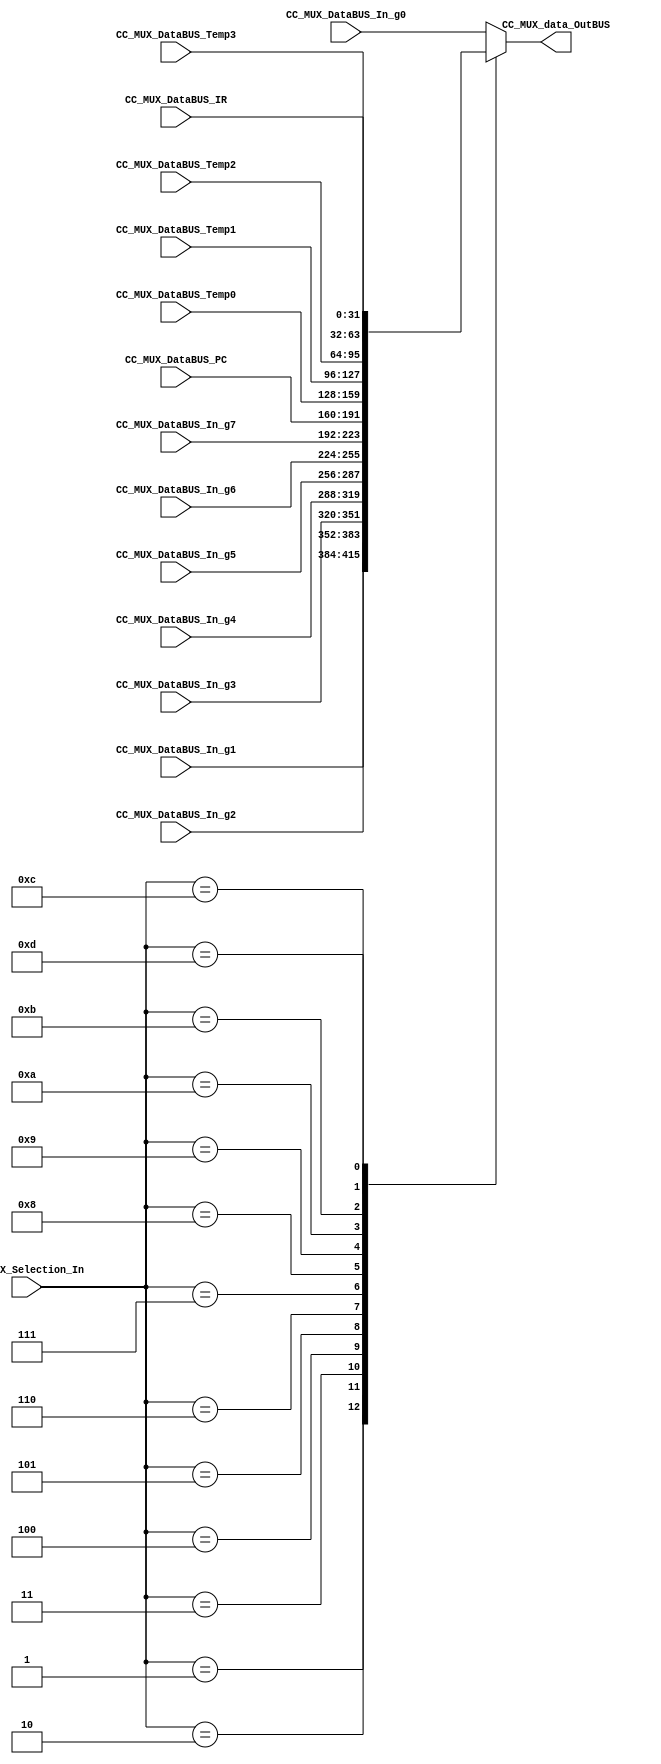
/*######################################################################
//#	G0B1T: HDL EXAMPLES. 2018.
//######################################################################
//# Copyright (C) 2018. F.E.Segura-Quijano (FES) fsegura@uniandes.edu.co
//# 
//# This program is free software: you can redistribute it and/or modify
//# it under the terms of the GNU General Public License as published by
//# the Free Software Foundation, version 3 of the License.
//#
//# This program is distributed in the hope that it will be useful,
//# but WITHOUT ANY WARRANTY; without even the implied warranty of
//# MERCHANTABILITY or FITNESS FOR A PARTICULAR PURPOSE.  See the
//# GNU General Public License for more details.
//#
//# You should have received a copy of the GNU General Public License
//# along with this program.  If not, see <http://www.gnu.org/licenses/>
//####################################################################*/
//=======================================================
//  MODULE Definition
//=======================================================
module CC_MUXX #(parameter DATAWIDTH_MUX_SELECTION=4, parameter DATAWIDTH_BUS=32)(
	//////////// OUTPUTS //////////
	CC_MUX_data_OutBUS,
	//////////// INPUTS //////////
	CC_MUX_DataBUS_In_g0,
	CC_MUX_DataBUS_In_g1,
	CC_MUX_DataBUS_In_g2,	
	CC_MUX_DataBUS_In_g3,	
	CC_MUX_DataBUS_In_g4,	
	CC_MUX_DataBUS_In_g5,	
	CC_MUX_DataBUS_In_g6,	
	CC_MUX_DataBUS_In_g7,	
	CC_MUX_DataBUS_PC,
	CC_MUX_DataBUS_Temp0,
	CC_MUX_DataBUS_Temp1,
	CC_MUX_DataBUS_Temp2,
	CC_MUX_DataBUS_Temp3,
	CC_MUX_DataBUS_IR,
	CC_MUX_Selection_In
);
//=======================================================
//  PARAMETER declarations
//=======================================================

//=======================================================
//  PORT declarations
//=======================================================
output reg	[DATAWIDTH_BUS-1:0] CC_MUX_data_OutBUS;
input			[DATAWIDTH_BUS-1:0] CC_MUX_DataBUS_In_g0;
input			[DATAWIDTH_BUS-1:0] CC_MUX_DataBUS_In_g1;
input			[DATAWIDTH_BUS-1:0] CC_MUX_DataBUS_In_g2;
input			[DATAWIDTH_BUS-1:0] CC_MUX_DataBUS_In_g3;
input			[DATAWIDTH_BUS-1:0] CC_MUX_DataBUS_In_g4;
input			[DATAWIDTH_BUS-1:0] CC_MUX_DataBUS_In_g5;
input			[DATAWIDTH_BUS-1:0] CC_MUX_DataBUS_In_g6;
input			[DATAWIDTH_BUS-1:0] CC_MUX_DataBUS_In_g7;
input			[DATAWIDTH_BUS-1:0] CC_MUX_DataBUS_PC;
input			[DATAWIDTH_BUS-1:0] CC_MUX_DataBUS_Temp0;
input			[DATAWIDTH_BUS-1:0] CC_MUX_DataBUS_Temp1;
input			[DATAWIDTH_BUS-1:0] CC_MUX_DataBUS_Temp2;
input			[DATAWIDTH_BUS-1:0] CC_MUX_DataBUS_Temp3;
input			[DATAWIDTH_BUS-1:0] CC_MUX_DataBUS_IR;
input			[DATAWIDTH_MUX_SELECTION-1:0] CC_MUX_Selection_In;
//=======================================================
//  REG/WIRE declarations
//=======================================================

//=======================================================
//  Structural coding
//=======================================================
//INPUT LOGIC: COMBINATIONAL
always@(*)
begin
	case (CC_MUX_Selection_In)	
		
		//General registers
		4'b0000: CC_MUX_data_OutBUS = CC_MUX_DataBUS_In_g0;
		4'b0001: CC_MUX_data_OutBUS = CC_MUX_DataBUS_In_g1;
		4'b0010: CC_MUX_data_OutBUS = CC_MUX_DataBUS_In_g2;
		4'b0011: CC_MUX_data_OutBUS = CC_MUX_DataBUS_In_g3;
		4'b0100: CC_MUX_data_OutBUS = CC_MUX_DataBUS_In_g4;
		4'b0101: CC_MUX_data_OutBUS = CC_MUX_DataBUS_In_g5;
		4'b0110: CC_MUX_data_OutBUS = CC_MUX_DataBUS_In_g6;
		4'b0111: CC_MUX_data_OutBUS = CC_MUX_DataBUS_In_g7;
				
		//Specifig registers
				
		4'b1000: CC_MUX_data_OutBUS = CC_MUX_DataBUS_PC;
		4'b1001: CC_MUX_data_OutBUS = CC_MUX_DataBUS_Temp0;
		4'b1010: CC_MUX_data_OutBUS = CC_MUX_DataBUS_Temp1;
		4'b1011: CC_MUX_data_OutBUS = CC_MUX_DataBUS_Temp2;
		4'b1100: CC_MUX_data_OutBUS = CC_MUX_DataBUS_Temp3;
		4'b1101: CC_MUX_data_OutBUS = CC_MUX_DataBUS_IR;

		default :   CC_MUX_data_OutBUS = CC_MUX_DataBUS_In_g0; // channel 0 is selected 
		
		
	endcase
end
//=======================================================
//  Outputs
//=======================================================
// OUTPUT LOGIC : COMBINATIONAL

endmodule